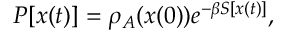
P [ { \boldsymbol { x } } ( t ) ] = \rho _ { A } ( { \boldsymbol { x } } ( 0 ) ) e ^ { - \beta S [ { \boldsymbol { x } } ( t ) ] } ,